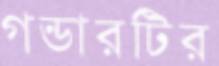
গন্ডারটির